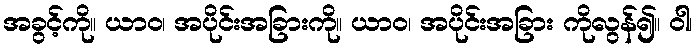
အခွင့်ကို။ ယာဝ၊ အပိုင်းအခြားကို။ ယာဝ၊ အပိုင်းအခြား ကိုလွန်၍။ ဝါ၊